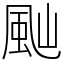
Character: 𩖞